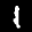
Label: 1